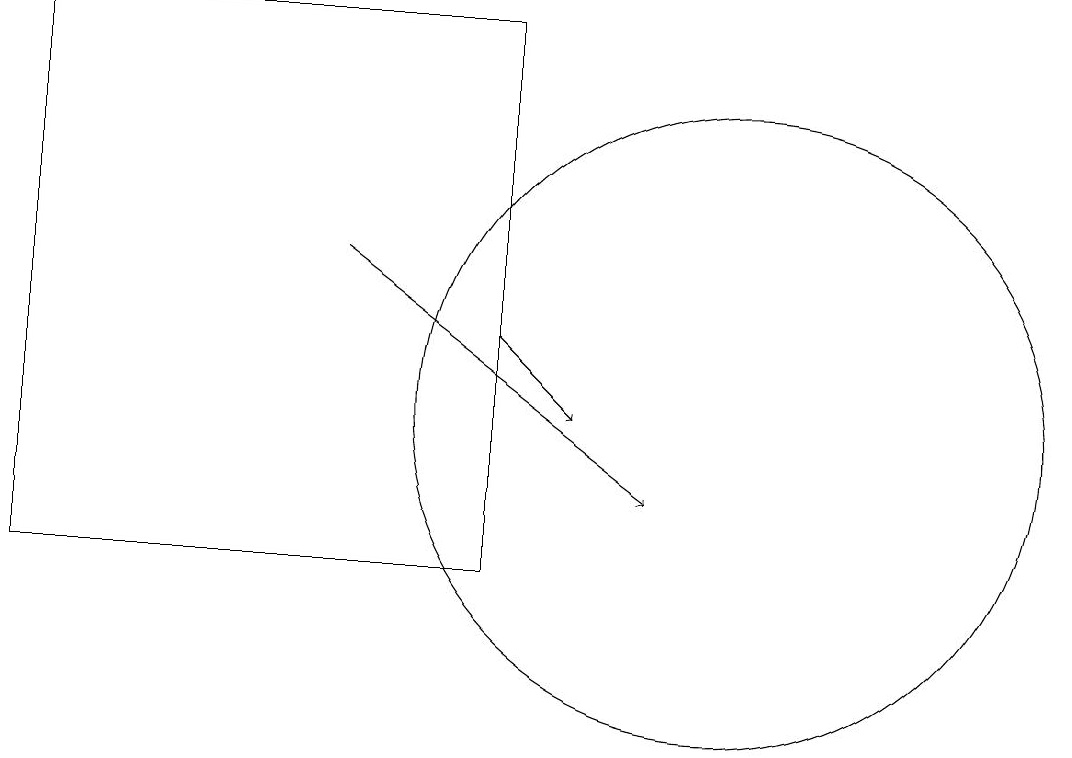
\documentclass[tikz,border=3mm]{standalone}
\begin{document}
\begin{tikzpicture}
\draw[->] (5,14) -- (9,11);
\draw[->] (7,13) -- (8,12);
\draw (7,10) rectangle (1,17);
\draw (10,12) circle (4);
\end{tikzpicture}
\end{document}